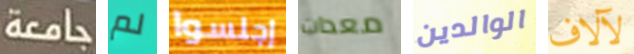
جامعة لم إجلسوا معدات الوالدين لآلاف